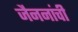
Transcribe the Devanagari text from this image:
जैननांची